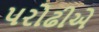
પરોઢીએ